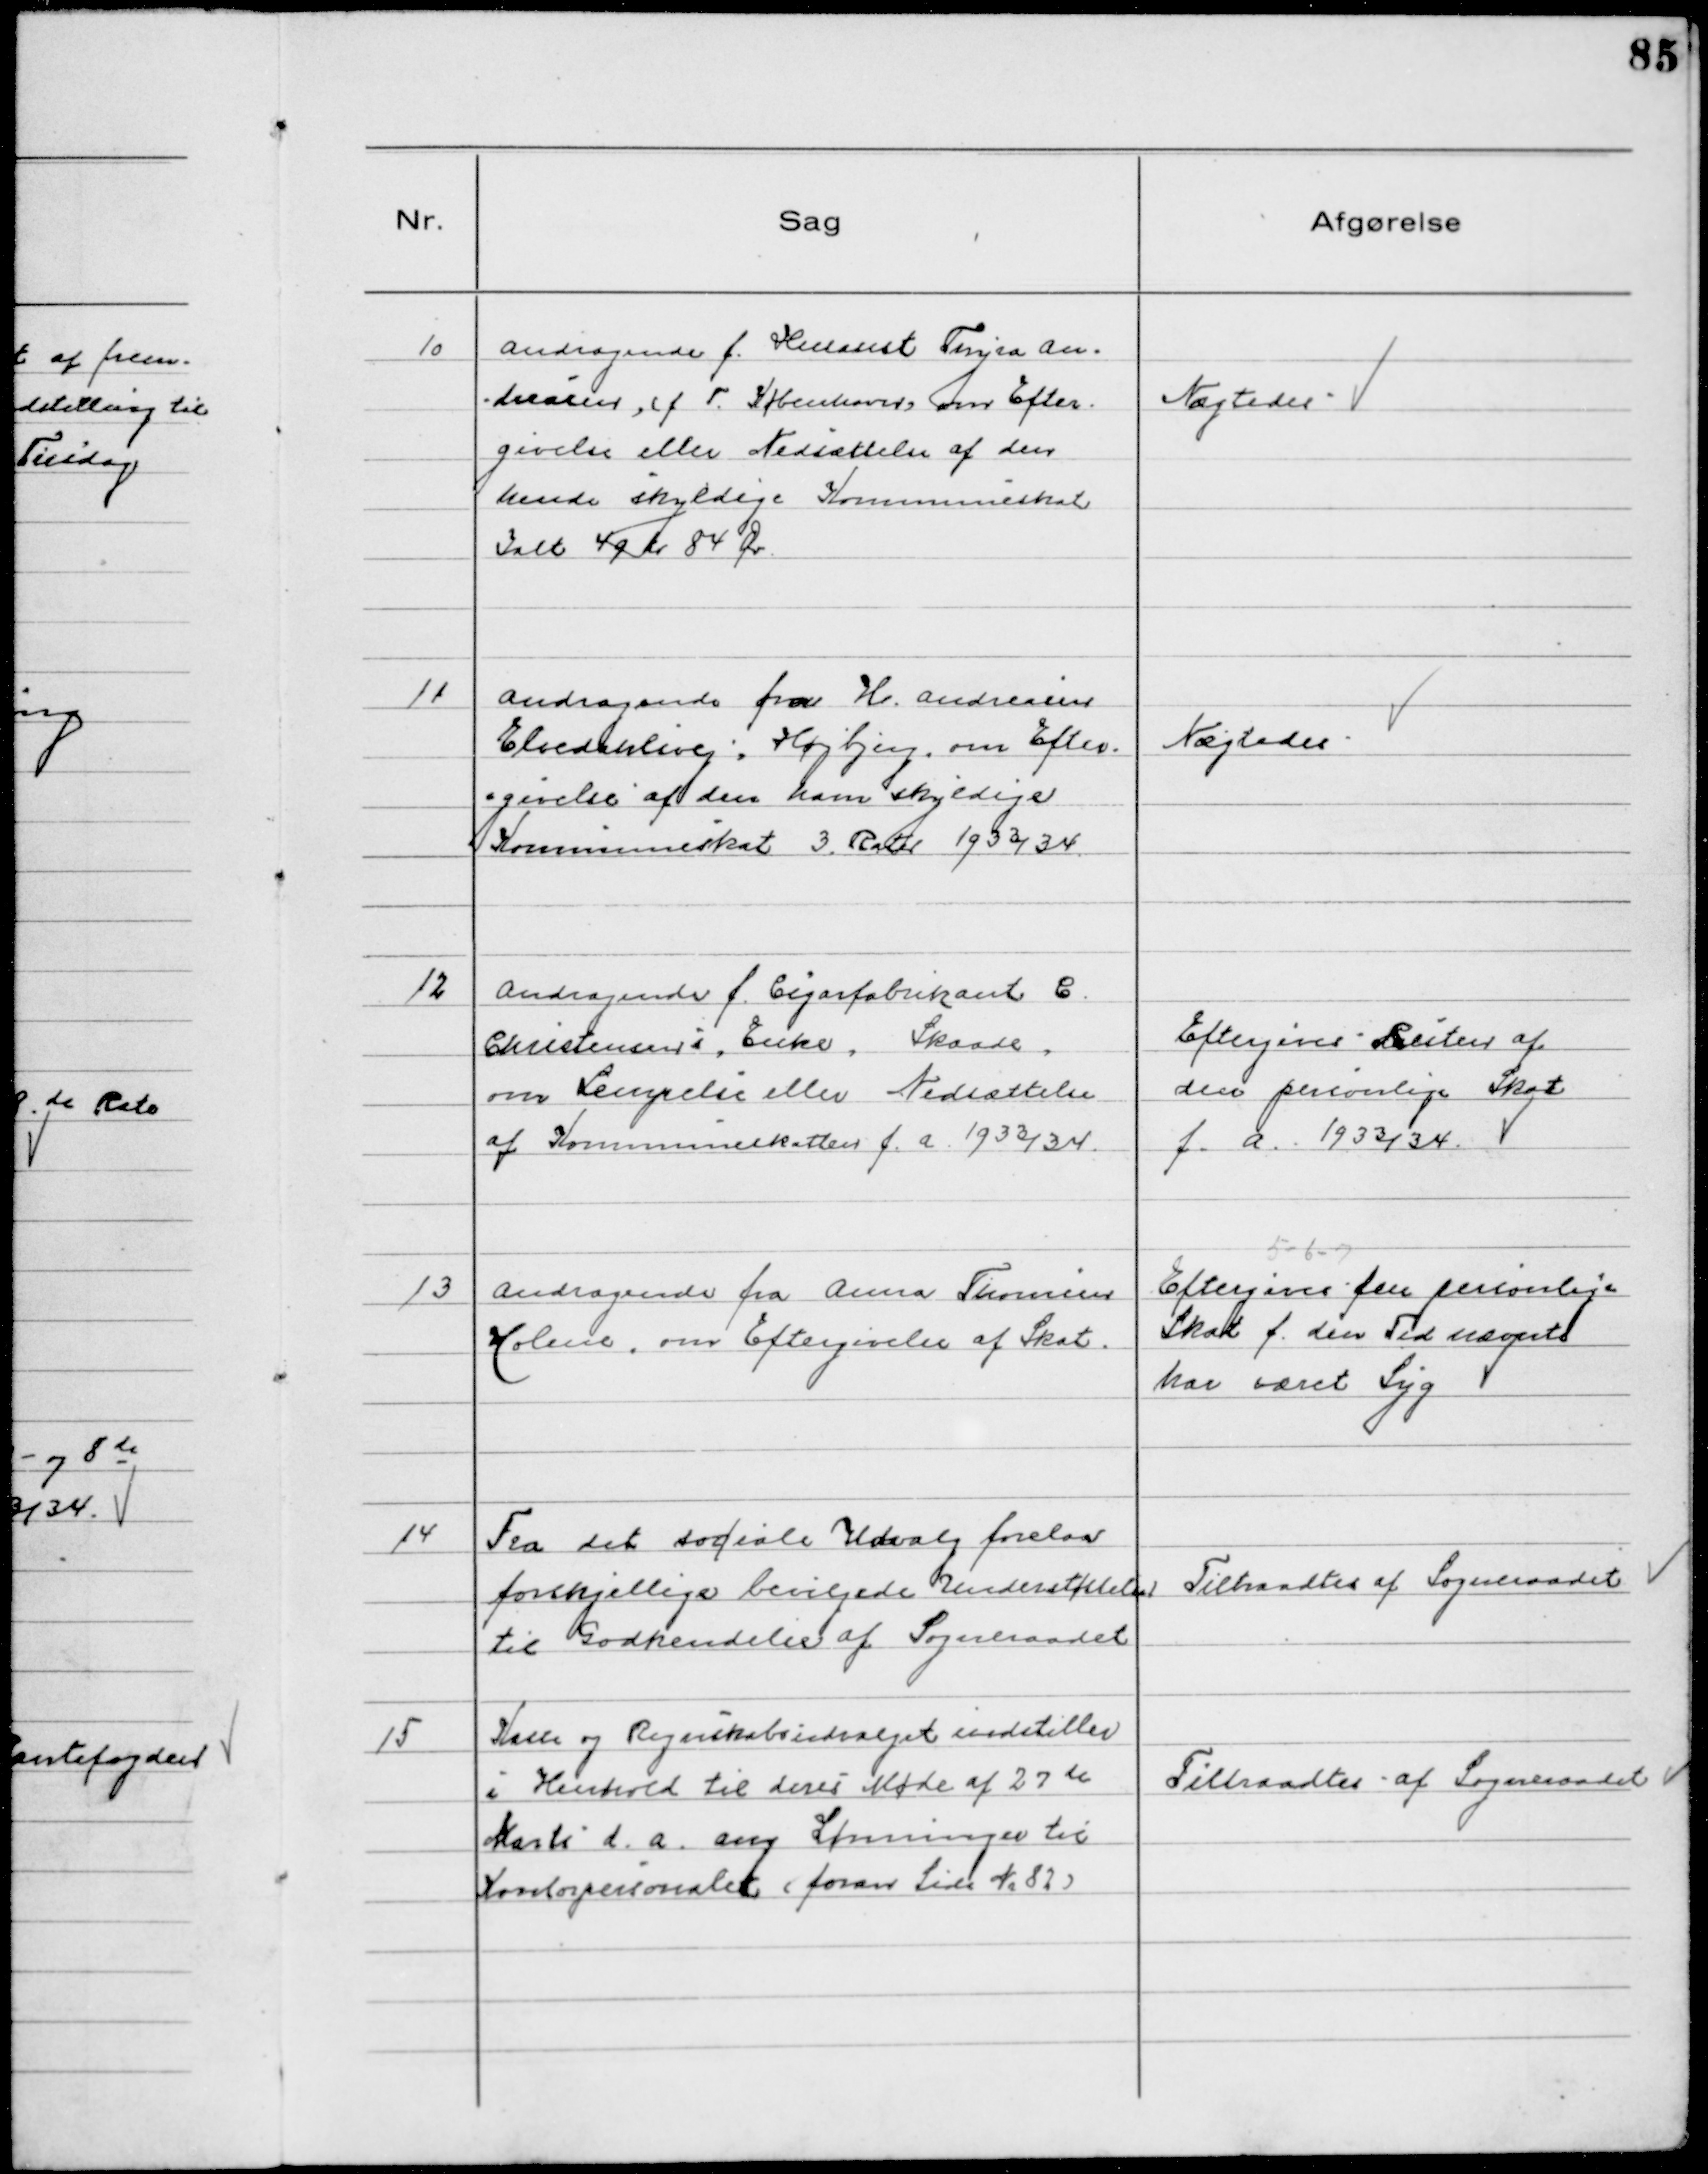
Transskription:
10
Andragende f. Husasist Thyra An-
dreasen, (f T. København) om Efter-
givelse eller Nedsættelse af den
hende skyldige Kommuneskat
Ialt 49 Kr 84 Ør

Nægtedes

11
Andragende fra H. Andreasen
Elvedahlsvej, Højbjerg, om Efter-
givelse af den ham skyldige
Kommuneskat 3. Rater 1933/34

Nægtedes

12
Andragende f. Cigarfabrikant C.
Christensens Enke, Skaade
om Lempelse eller Nedsættelse
af Kommuneskatten f. a. 1933/34

Eftergives Resten af
den personlige Skat
f. a. 1933/34

13
Andragende fra Anna Thomsen
Holme, om Eftergivelse af Skat.

5 - 6 - 7
Eftergives den personlige
Skat f. den Tid nævnte
har været syg

14
Fra det sociale Udvalg forelaa
forskjellige bevilgede Understøttelser
til Godkendelse af Sogneraadet

Tiltraadtes af Sogneraadet

15
Kasse og Regnskabsudvalget indstiller
i Henhold til deres Møde af 27 de
Marts d. a. ang Lønninger til
Kontorpersonalet (foran Side № 82)

Tiltraadtes af Sogneraadet